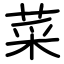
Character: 菜